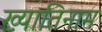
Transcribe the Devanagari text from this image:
ख्यातिनाम